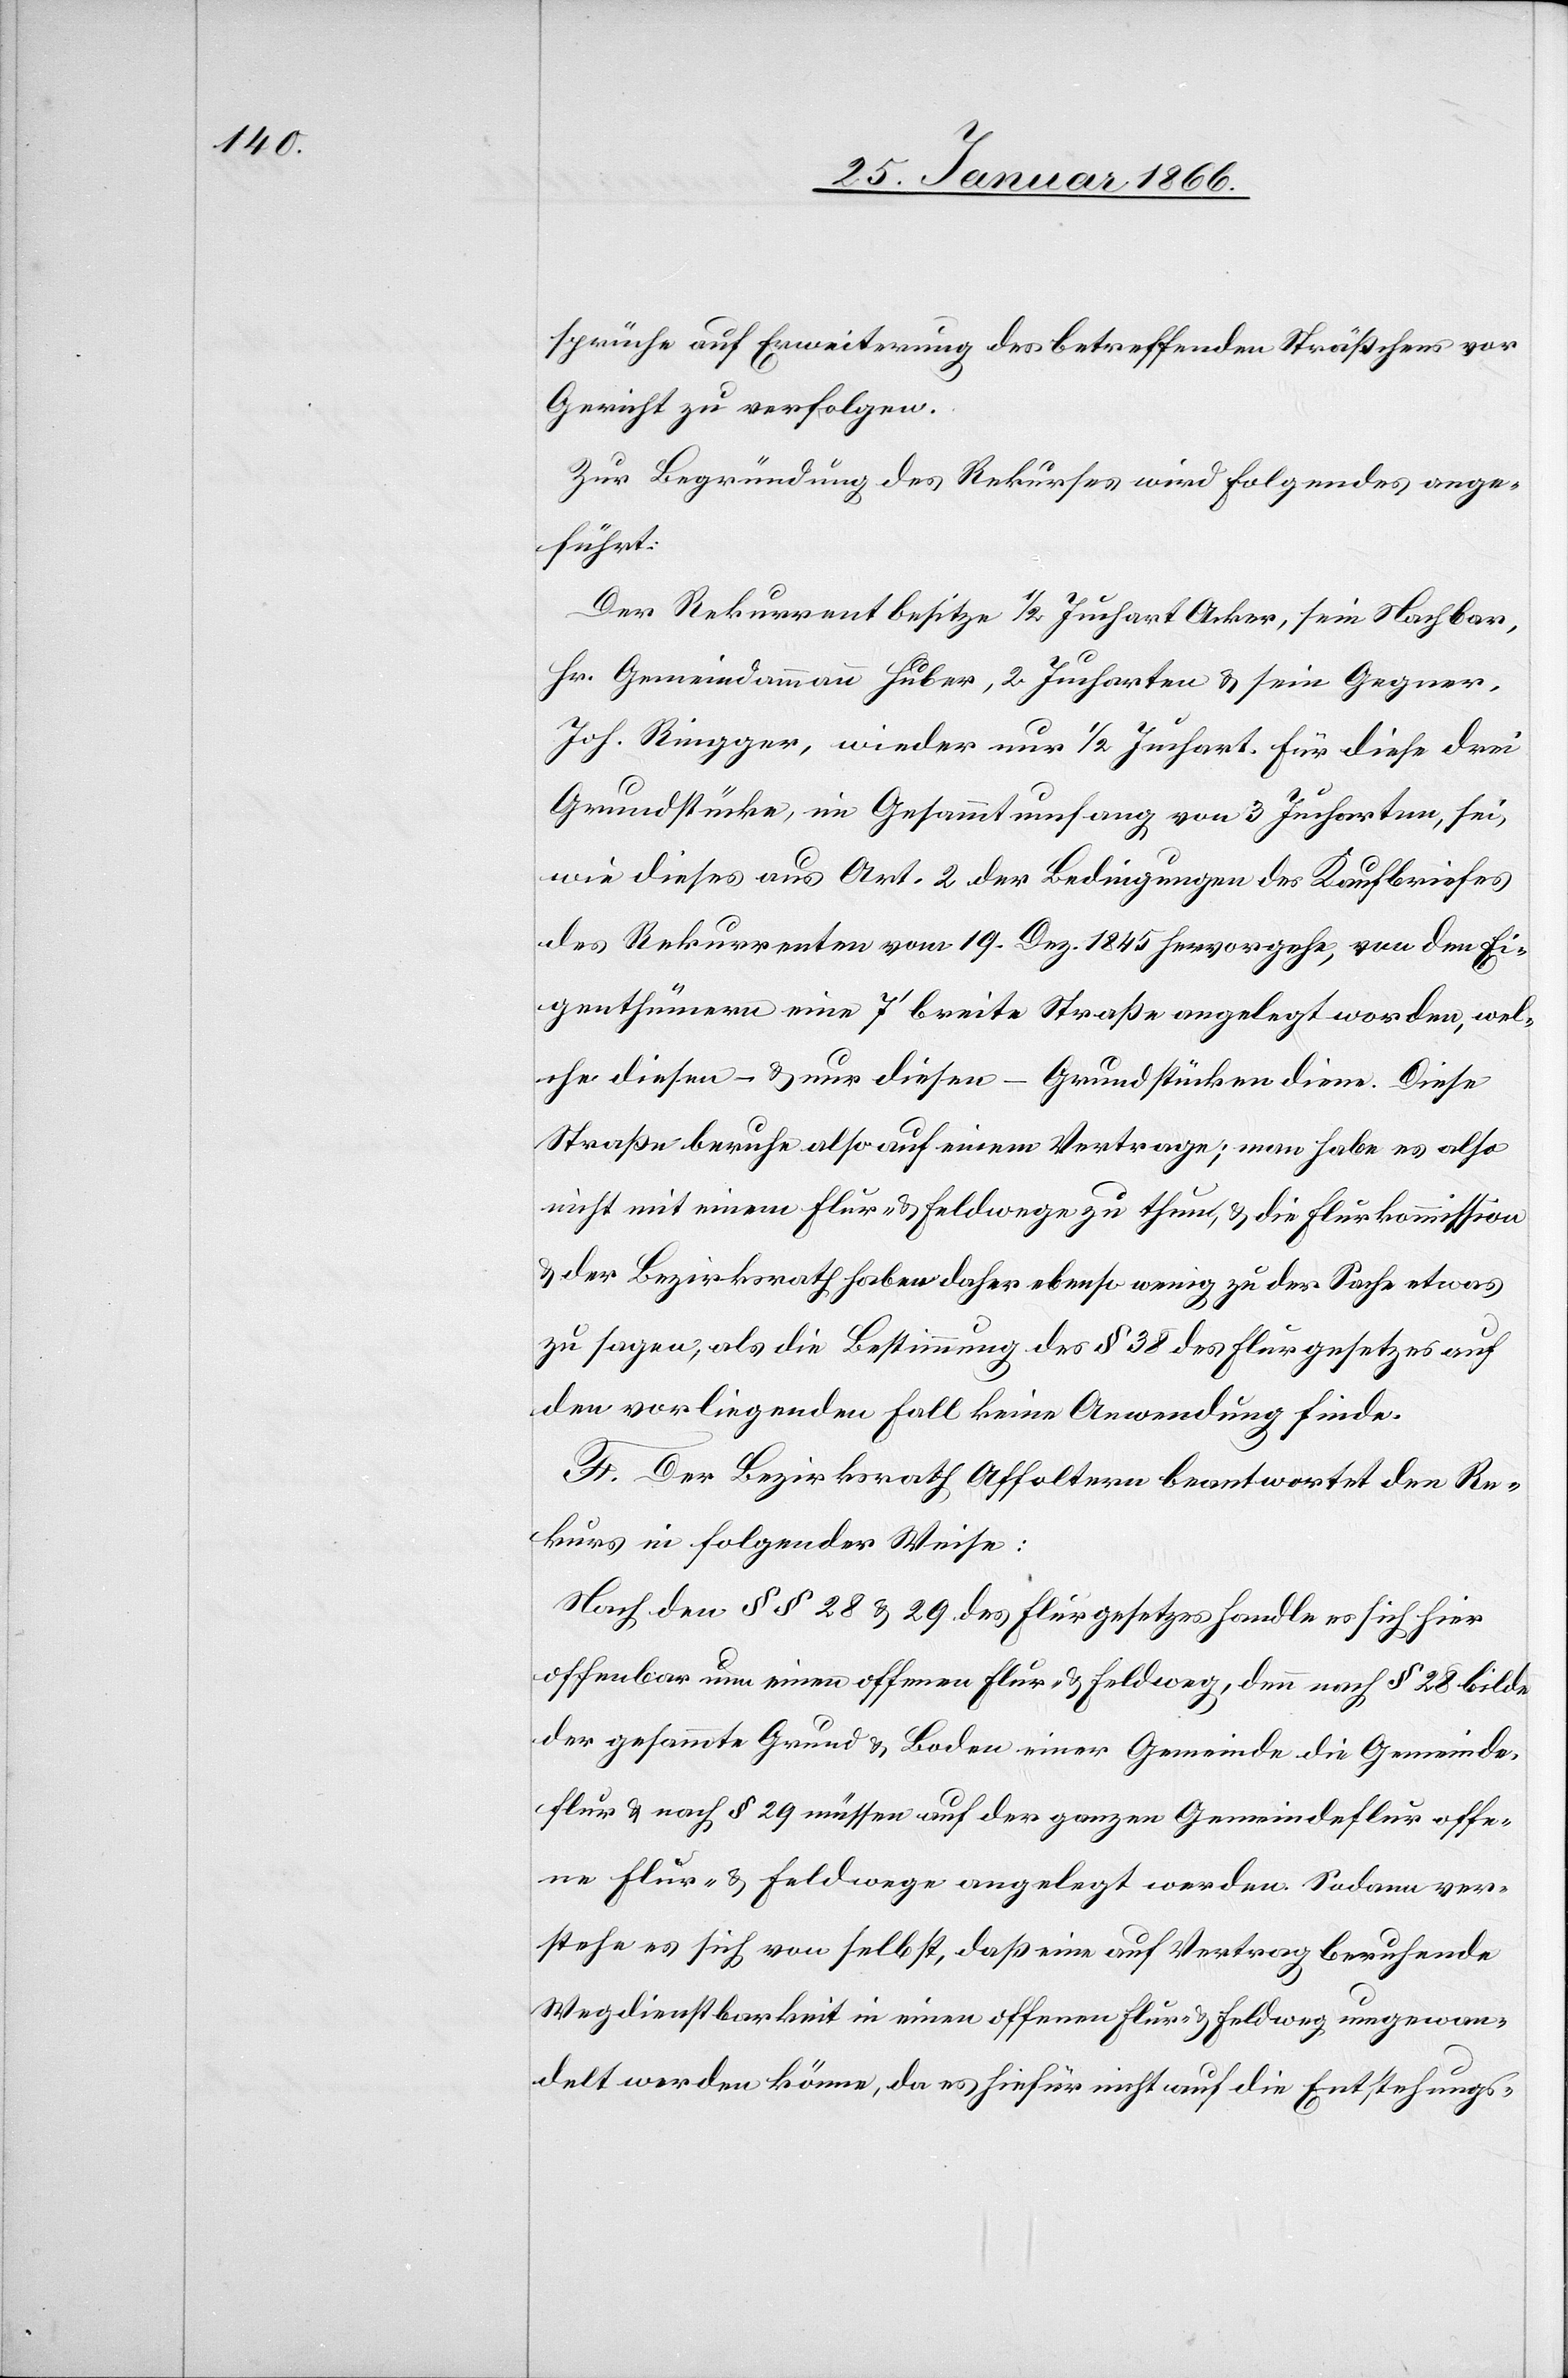
sprüche auf Erweiterung des betreffenden Sträßchens vor
Gericht zu verfolgen.
Zur Begründung des Rekurses wird folgendes ange¬
führt:
Der Rekurrent besitze ½ Juchart Acker, sein Nachbar,
Hr. Gemeindammann Huber, 2 Jucharten u. sein Gegner,
Joh. Ringger, wieder nur ½ Juchart. Für diese drei
Grundstücke, im Gesammtumfang von 3 Jucharten, sei,
wie dieses aus Art. 2 der Bedingungen des Kaufbriefes
des Rekurrenten vom 19. Dez. 1845 hervorgehe, von den Ei¬
genthümern eine 7‘ breite Straße angelegt worden, wel¬
che diesen – u. nur diesen – Grundstücken diene. Diese
Straße beruhe also auf einem Vertrage; man habe es also
nicht mit einem Flur- u. Feldwege zu thun, u. die Flurkommission
u. der Bezirksrath haben daher ebenso wenig zu der Sache etwas
zu sagen, als die Bestimmung des § 38 des Flurgesetzes auf
den vorliegenden Fall keine Anwendung finde.
F. Der Bezirksrath Affoltern beantwortet den Re¬
kurs in folgender Weise:
Nach den §§ 28 u. 29 des Flurgesetzes handle es sich hier
offenbar um einen offenen Flur- u. Feldweg, denn nach § 28 bilde
der gesammte Grund- u. Boden einer Gemeinde die Gemeinde¬
flur u. nach § 29 müssen auf der ganzen Gemeindeflur offe¬
ne Flur- u. Feldwege angelegt werden. Sodann ver¬
stehe sich von selbst, daß eine auf Vertrag beruhende
Wegdienstbarkeit in einen offenen Flur- u. Feldweg umgewan¬
delt werden könne, da es hiefür nicht auf die Entstehungs-